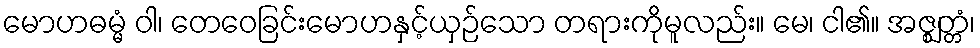
မောဟဓမ္မံ ဝါ၊ တေဝေခြင်းမောဟနှင့်ယှဉ်သော တရားကိုမူလည်း။ မေ၊ ငါ၏။ အဇ္ဈတ္တံ၊